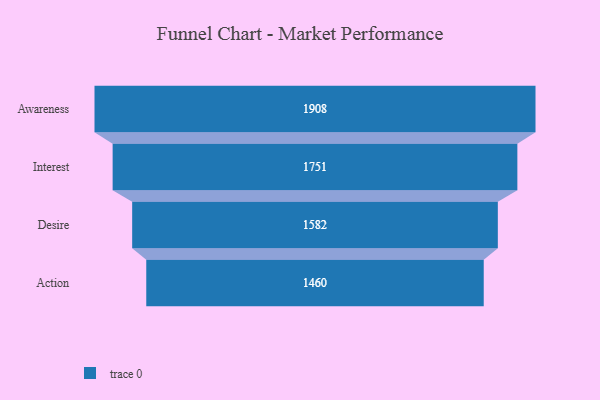
{"axis": {"x": "Stage", "y": "Value"}, "legend": [""], "data": [{"x": "Awareness", "y": 1908.0, "type": ""}, {"x": "Interest", "y": 1751.0, "type": ""}, {"x": "Desire", "y": 1582.0, "type": ""}, {"x": "Action", "y": 1460.0, "type": ""}]}